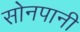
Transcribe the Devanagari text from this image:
सोनपानी